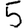
Digit: 5